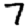
Digit: 7